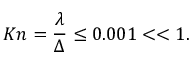
K n = \frac { \lambda } { \Delta } \leq 0 . 0 0 1 < < 1 .